Plague in India, 1896, 1897 - Volume 3
Year: 1896
Disease focus: Plague
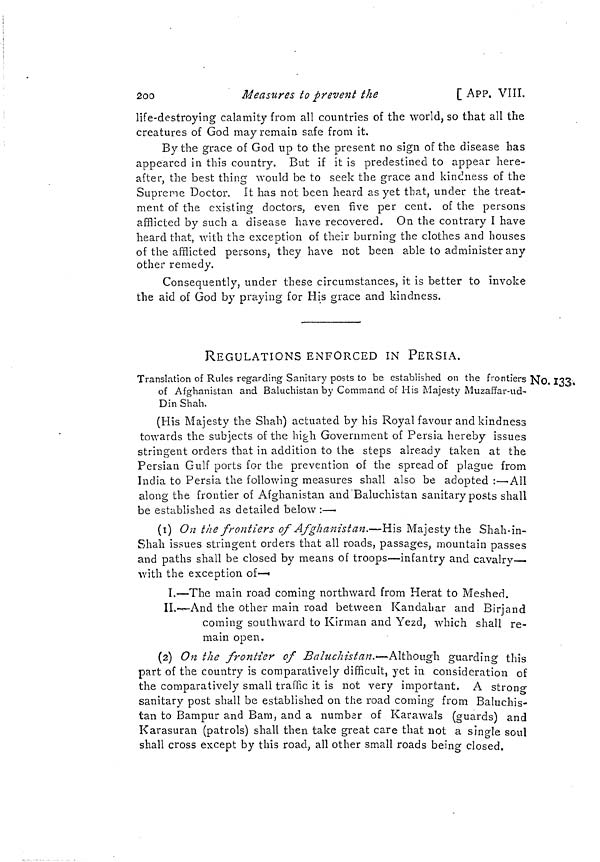
2OO
Measures to prevent the
[ APP. VIII.
life-destroying calamity from all countries of the world, so that all the
creatures of God may remain safe from it.
By the grace of God up to the present no sign of the disease has
appeared in this country. But if it is predestined to appear here-
after, the best thing would be to seek the grace and kindness of the
1
O
Supreme Doctor. It has not been heard as yet that, under the treat-
ment of the existing doctors, even five per cent, of the persons
afflicted by such a disease have recovered. On the contrary I have
heard that, with the exception of their burning the clothes and houses
of the afflicted persons, they have not been able to administer any
other remedy.
Consequently, under these circumstances, it is better to invoke
the aid of God by praying for His grace and kindness.
REGULATIONS ENFORCED IN PERSIA.
No. 133,
Translation of Rules regarding Sanitary posts to be established on the frontiers N
of Afghanistan and Baluchistan by Command of His Majesty Muzaffar-ud-
Din Shah.
(His Majesty the Shah) actuated by his Royal favour and kindness
towards the subjects of the high Government of Persia hereby issues
stringent orders that in addition to the steps already taken at the
Persian Gulf ports for the prevention of the spread of plague from
India to Persia the following measures shall also be adopted :—All
along the frontier of Afghanistan and Baluchistan sanitary posts shall
be established as detailed below :—•
(1) On the frontiers of Afghanistan.—His Majesty the Shah-in-
Shah issues stringent orders that all roads, passages, mountain passes
and paths shall be closed by means of troops—infantry and cavalrv—
with the exception of—•
I.—The main road coming northward from Herat to Meshed.
II. --And the other main road between Kandahar and Birjand
coming southward to Kirman and Yezd, which shall re-
main open.
(2) On the frontier of Baluchistan.-- Although guarding this
part of the country is comparatively difficult, yet in consideration of
the comparatively small traffic it is not very important. A strong
sanitary post shall be established on the road coming from Baluchis-
tan to Bampur and Bam, and a number of Karawals (guards) and
Karasuran (patrols) shall then take great care that not a single soul
shall cross except by this road, all other small roads being closed.